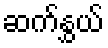
ဆက်နွှယ်